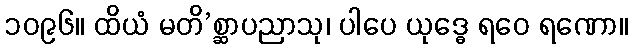
၁၀၉၆။ ထိယံ မတိ’စ္ဆာပညာသု၊ ပါပေ ယုဒ္ဓေ ရဝေ ရဏော။